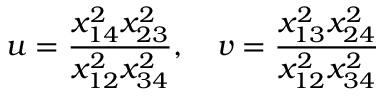
u = \frac { x _ { 1 4 } ^ { 2 } x _ { 2 3 } ^ { 2 } } { x _ { 1 2 } ^ { 2 } x _ { 3 4 } ^ { 2 } } , \quad v = \frac { x _ { 1 3 } ^ { 2 } x _ { 2 4 } ^ { 2 } } { x _ { 1 2 } ^ { 2 } x _ { 3 4 } ^ { 2 } }